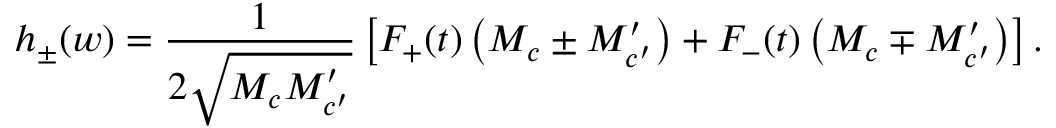
h _ { \pm } ( w ) = { \frac { 1 } { 2 \sqrt { M _ { c } M _ { c ^ { \prime } } ^ { \prime } } } } \left[ F _ { + } ( t ) \left( M _ { c } \pm M _ { c ^ { \prime } } ^ { \prime } \right) + F _ { - } ( t ) \left( M _ { c } \mp M _ { c ^ { \prime } } ^ { \prime } \right) \right] . ~